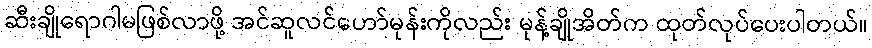
ဆီးချိုရောဂါမဖြစ်လာဖို့ အင်ဆူလင်ဟော်မုန်းကိုလည်း မုန့်ချိုအိတ်က ထုတ်လုပ်ပေးပါတယ်။